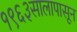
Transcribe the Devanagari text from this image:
१९६३सालापासून